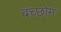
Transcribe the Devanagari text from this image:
बच्छोम